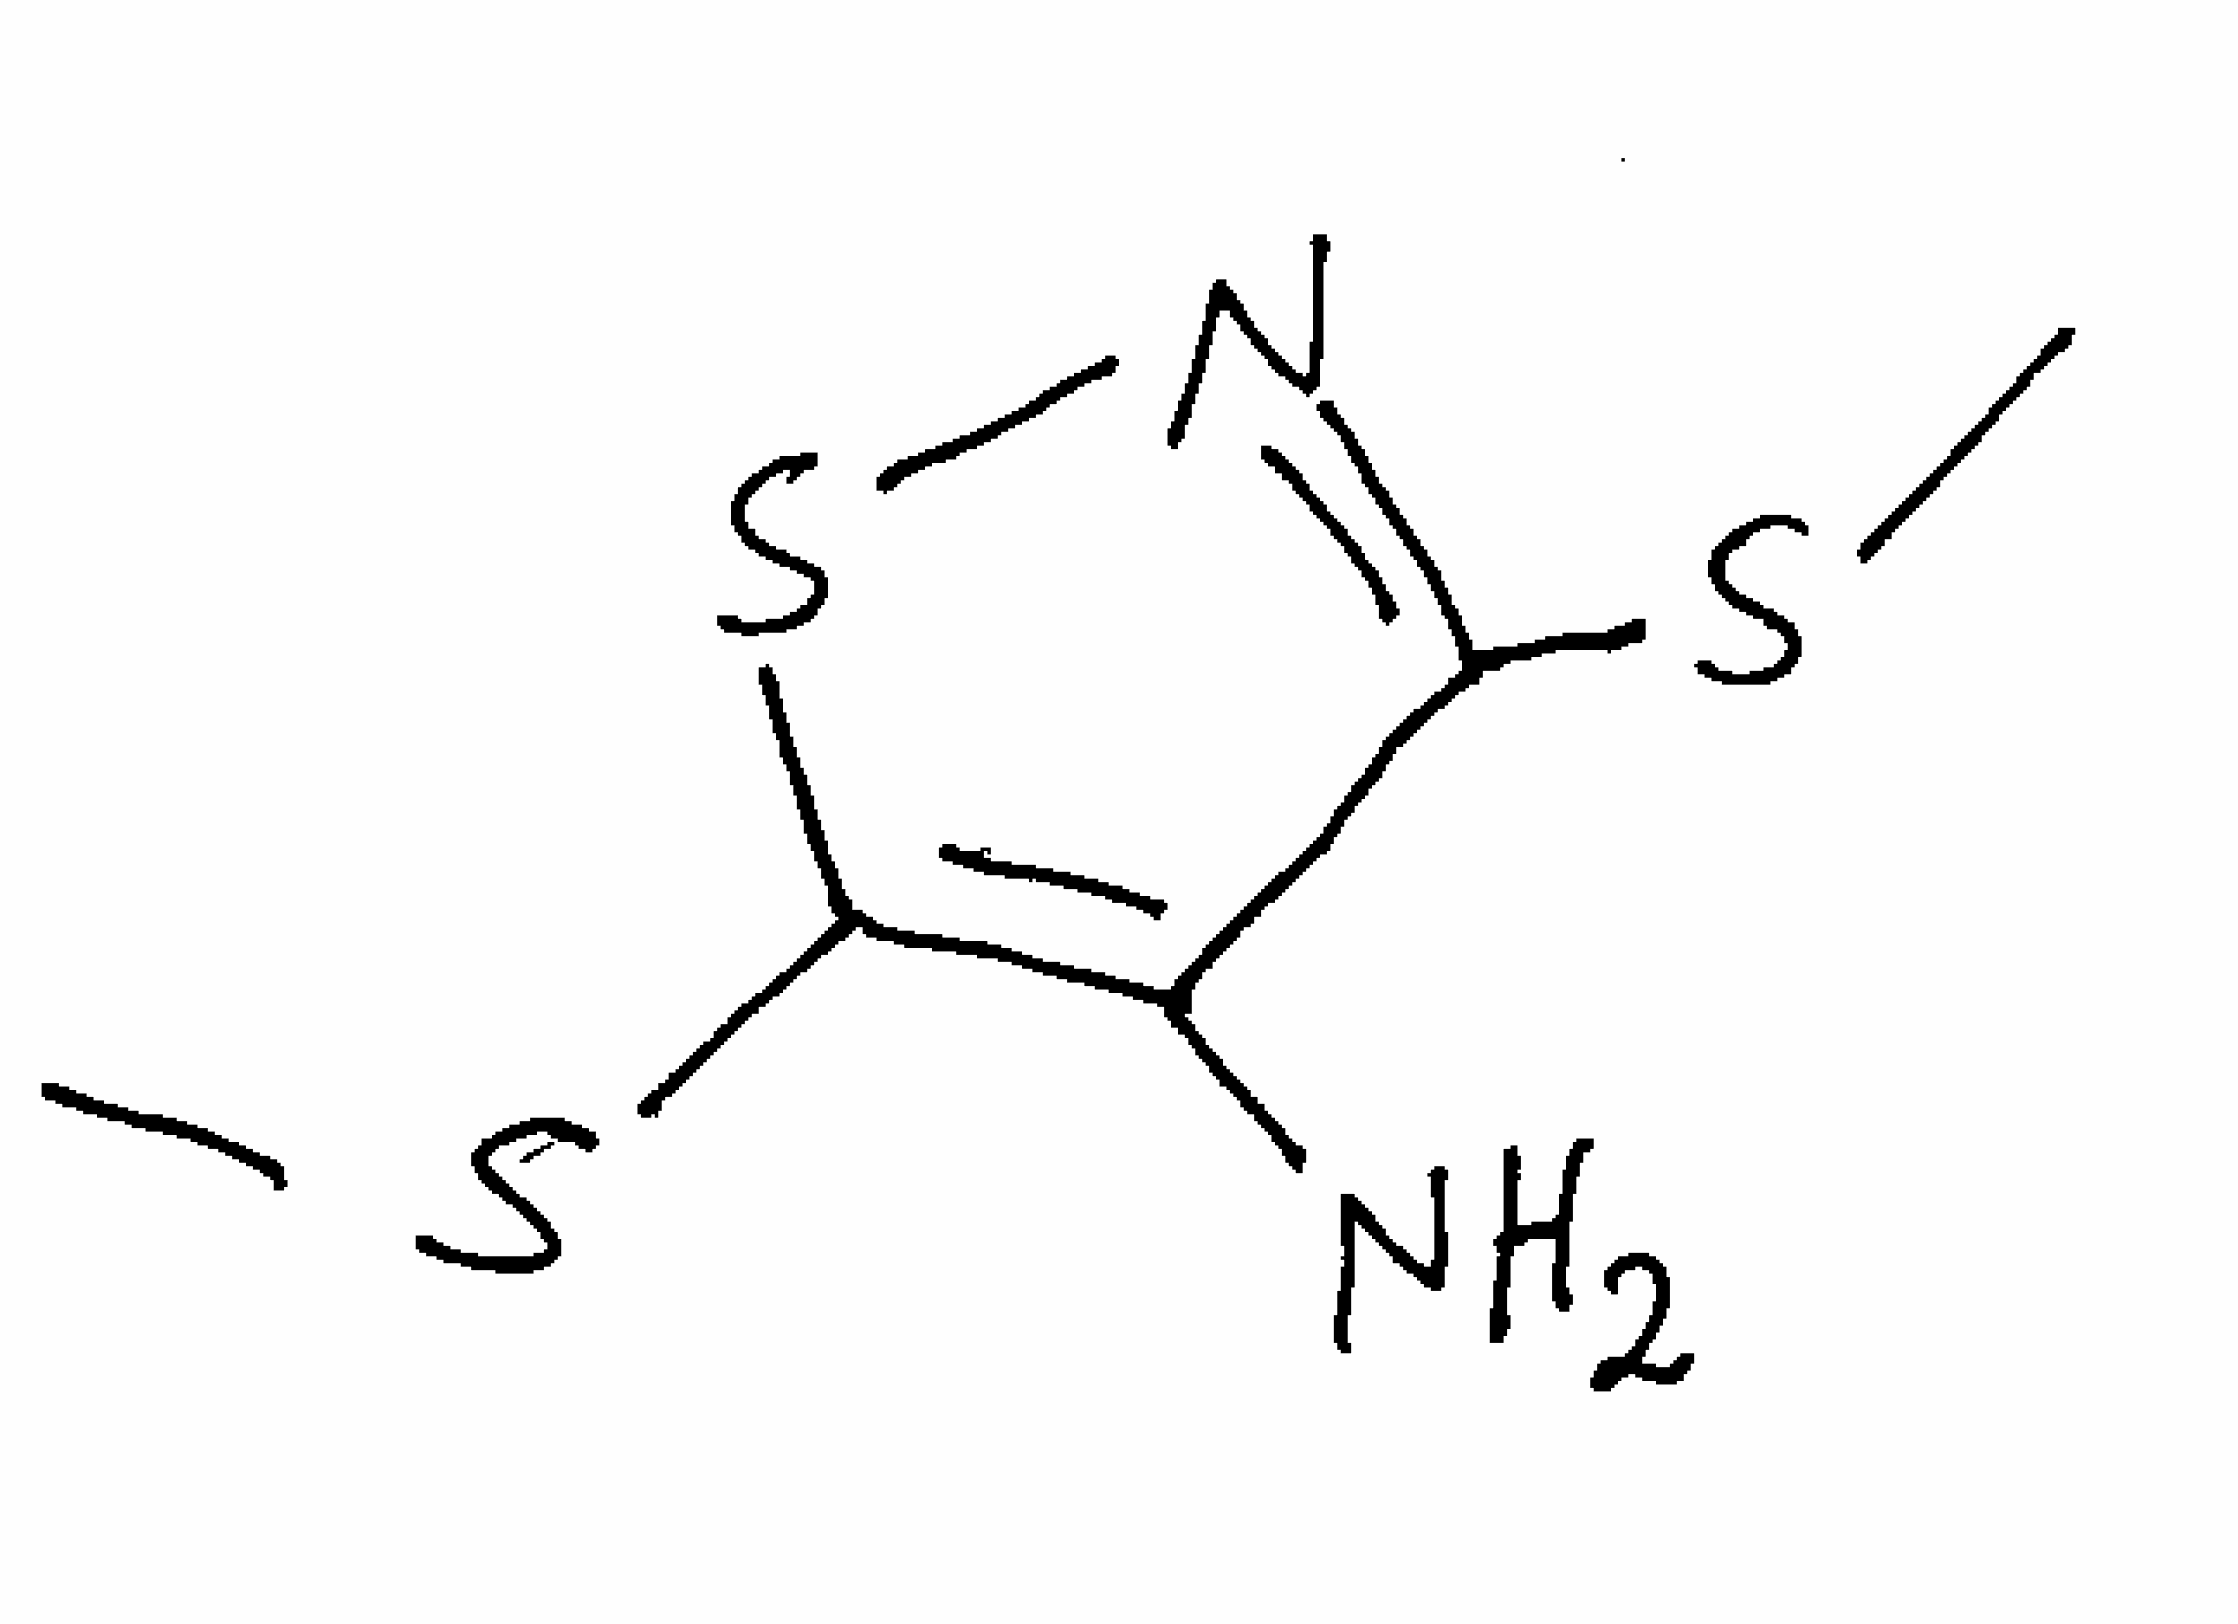
Simplified molecular-input line-entry system (SMILES) notation of the given molecule:
CSC1=C(C(=NS1)SC)N